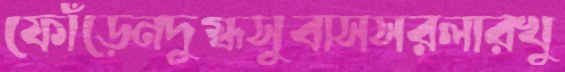
ফোঁড়েনদুগ্ধসুবাসসরলারখু